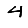
Digit: 4